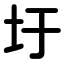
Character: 圩